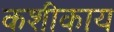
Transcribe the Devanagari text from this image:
कशीकाय